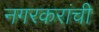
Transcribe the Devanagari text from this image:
नगरकरांची